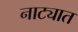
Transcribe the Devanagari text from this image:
नाट्यात